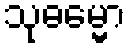
သုဓမ္မော